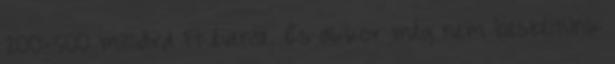
200-500 milliárd Ft évente. És akkor még nem beszéltünk